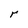
Character: r